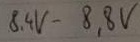
Text: 8,4V-8,8V